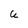
Character: U